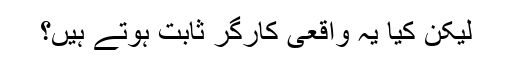
لیکن کیا یہ واقعی کارگر ثابت ہوتے ہیں؟